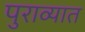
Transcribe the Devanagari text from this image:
पुराव्यात